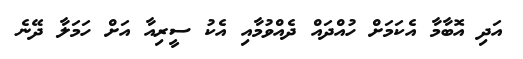
އަދި އޮބާމާ އެކަމަށް ހުއްދައް ދެއްވުމާއި އެކު ސީރިއާ އަށް ހަމަލާ ދޭނެ